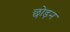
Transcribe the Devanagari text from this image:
छोड़न